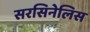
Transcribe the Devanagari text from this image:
सरसिनेलिस